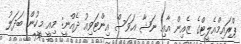
ޕްރައިމްއެލީޓްގެ ޒެއިން އާއި ނަޝާ އަވަސް އިންޓަވިއު ދެއްނީ: މިއީ މީހުން ބަދަލު